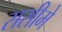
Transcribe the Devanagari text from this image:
ससीमे